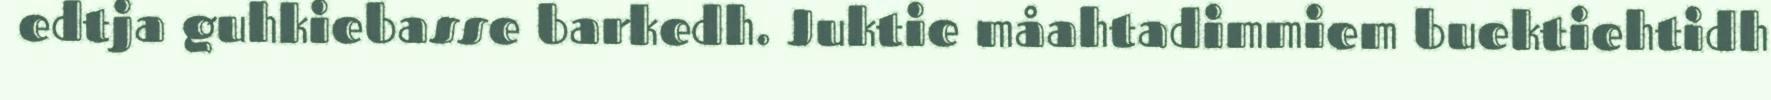
edtja guhkiebasse barkedh. Juktie måahtadimmiem buektiehtidh